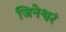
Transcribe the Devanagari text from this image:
जिनेश्वरं